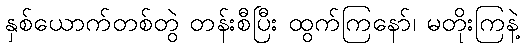
နှစ်ယောက်တစ်တွဲ တန်းစီပြီး ထွက်ကြနော်၊ မတိုးကြနဲ့